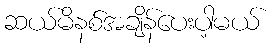
ဆယ်မိနစ်အချိန်ပေးပါ့မယ်